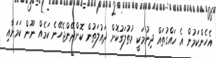
އެހެންކަމުން އެ ހައްގުތައް ދިނުމަކީ މުތުލަގުކޮށް ދައުލަތުން ކޮށްދޭންޖެހޭނެ ކަމެއް ނޫން ކަމަށާއި